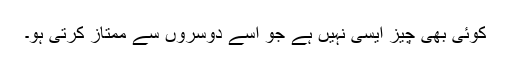
کوئی بھی چیز ایسی نہیں ہے جو اسے دوسروں سے ممتاز کرتی ہو۔